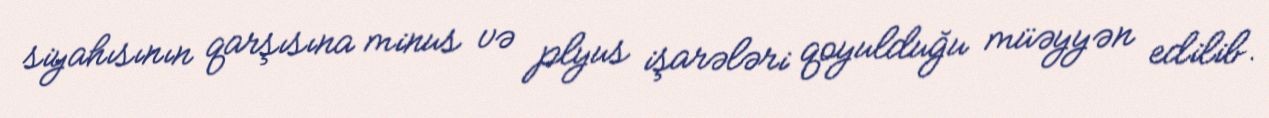
siyahısının qarşısına minus və plyus işarələri qoyulduğu müəyyən edilib.